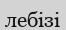
лебізі